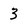
Character: 3